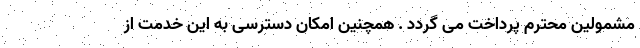
مشمولین محترم پرداخت می گردد . همچنین امکان دسترسی به این خدمت از